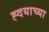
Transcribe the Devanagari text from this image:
ह्दयाच्या